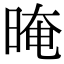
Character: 晻